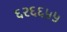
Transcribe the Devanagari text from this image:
६२६६५५